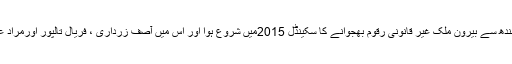
وفاقی کابینہ کے اجلا س کو بتایا گیا کہ سندھ سے بیرون ملک غیر قانونی رقوم بھجوانے کا سکینڈل 2015میں شروع ہوا اور اس میں آصف زرداری ، فریال تالپور اورمراد علی شاہ سمیت اہم ارکان کے نام شامل ہیں ۔